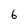
Character: 6